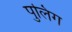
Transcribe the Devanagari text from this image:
पुलिग